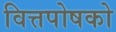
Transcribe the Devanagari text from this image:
वित्तपोषको